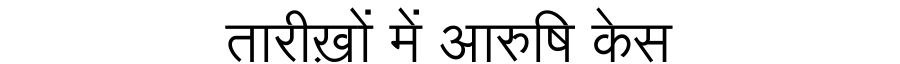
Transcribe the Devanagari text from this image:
तारीख़ों में आरुषि केस